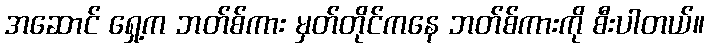
အဆောင် ရှေ့က ဘတ်စ်ကား မှတ်တိုင်ကနေ ဘတ်စ်ကားကို စီးပါတယ်။